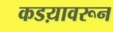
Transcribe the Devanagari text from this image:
कडय़ावरून